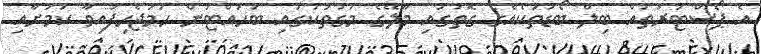
އެ ޕޯސްޓަރުތައް ބިލް ބޯޑުތަކެއްގެ ގޮތުގައި މާލޭގެ މަގުތަކުގައި ބަހައްޓަން ހަމަޖެހިފައިވާ ކަމަށާއި